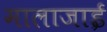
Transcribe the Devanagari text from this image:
मालाजाई